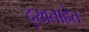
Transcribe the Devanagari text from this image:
दुखताहेत